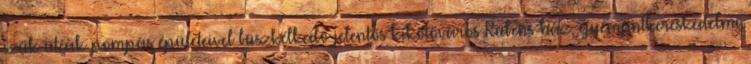
szűk utcák pompás épületeivel büszkélkedő jelentős kikötőváros Rubens-ház, gyémántkereskedelmi